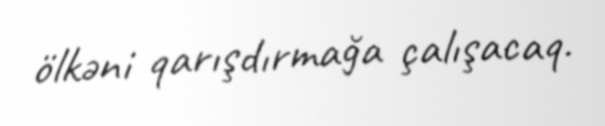
ölkəni qarışdırmağa çalışacaq.